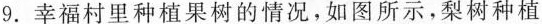
9.幸福村里种植果树的情况，如图所示，梨树种植